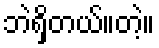
ဘဲရှိတယ်။တဲ့။